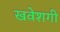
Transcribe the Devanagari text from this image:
खवेशगी